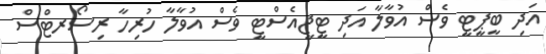
އަދި ބީޕީޓީ ވެސް އުވާލާ އަދި ޓީޖީއެސްޓީ ވެސް އުވާލާ ހުރިހާ ރިސޯރޓްސް